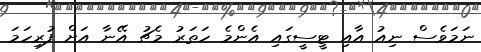
ނަމަވެސް ނިއު އާއި ޓީސީގައި އެންމެ ހަތަރު މެޗު އޭނާ އަށް ފުރިހަމަ